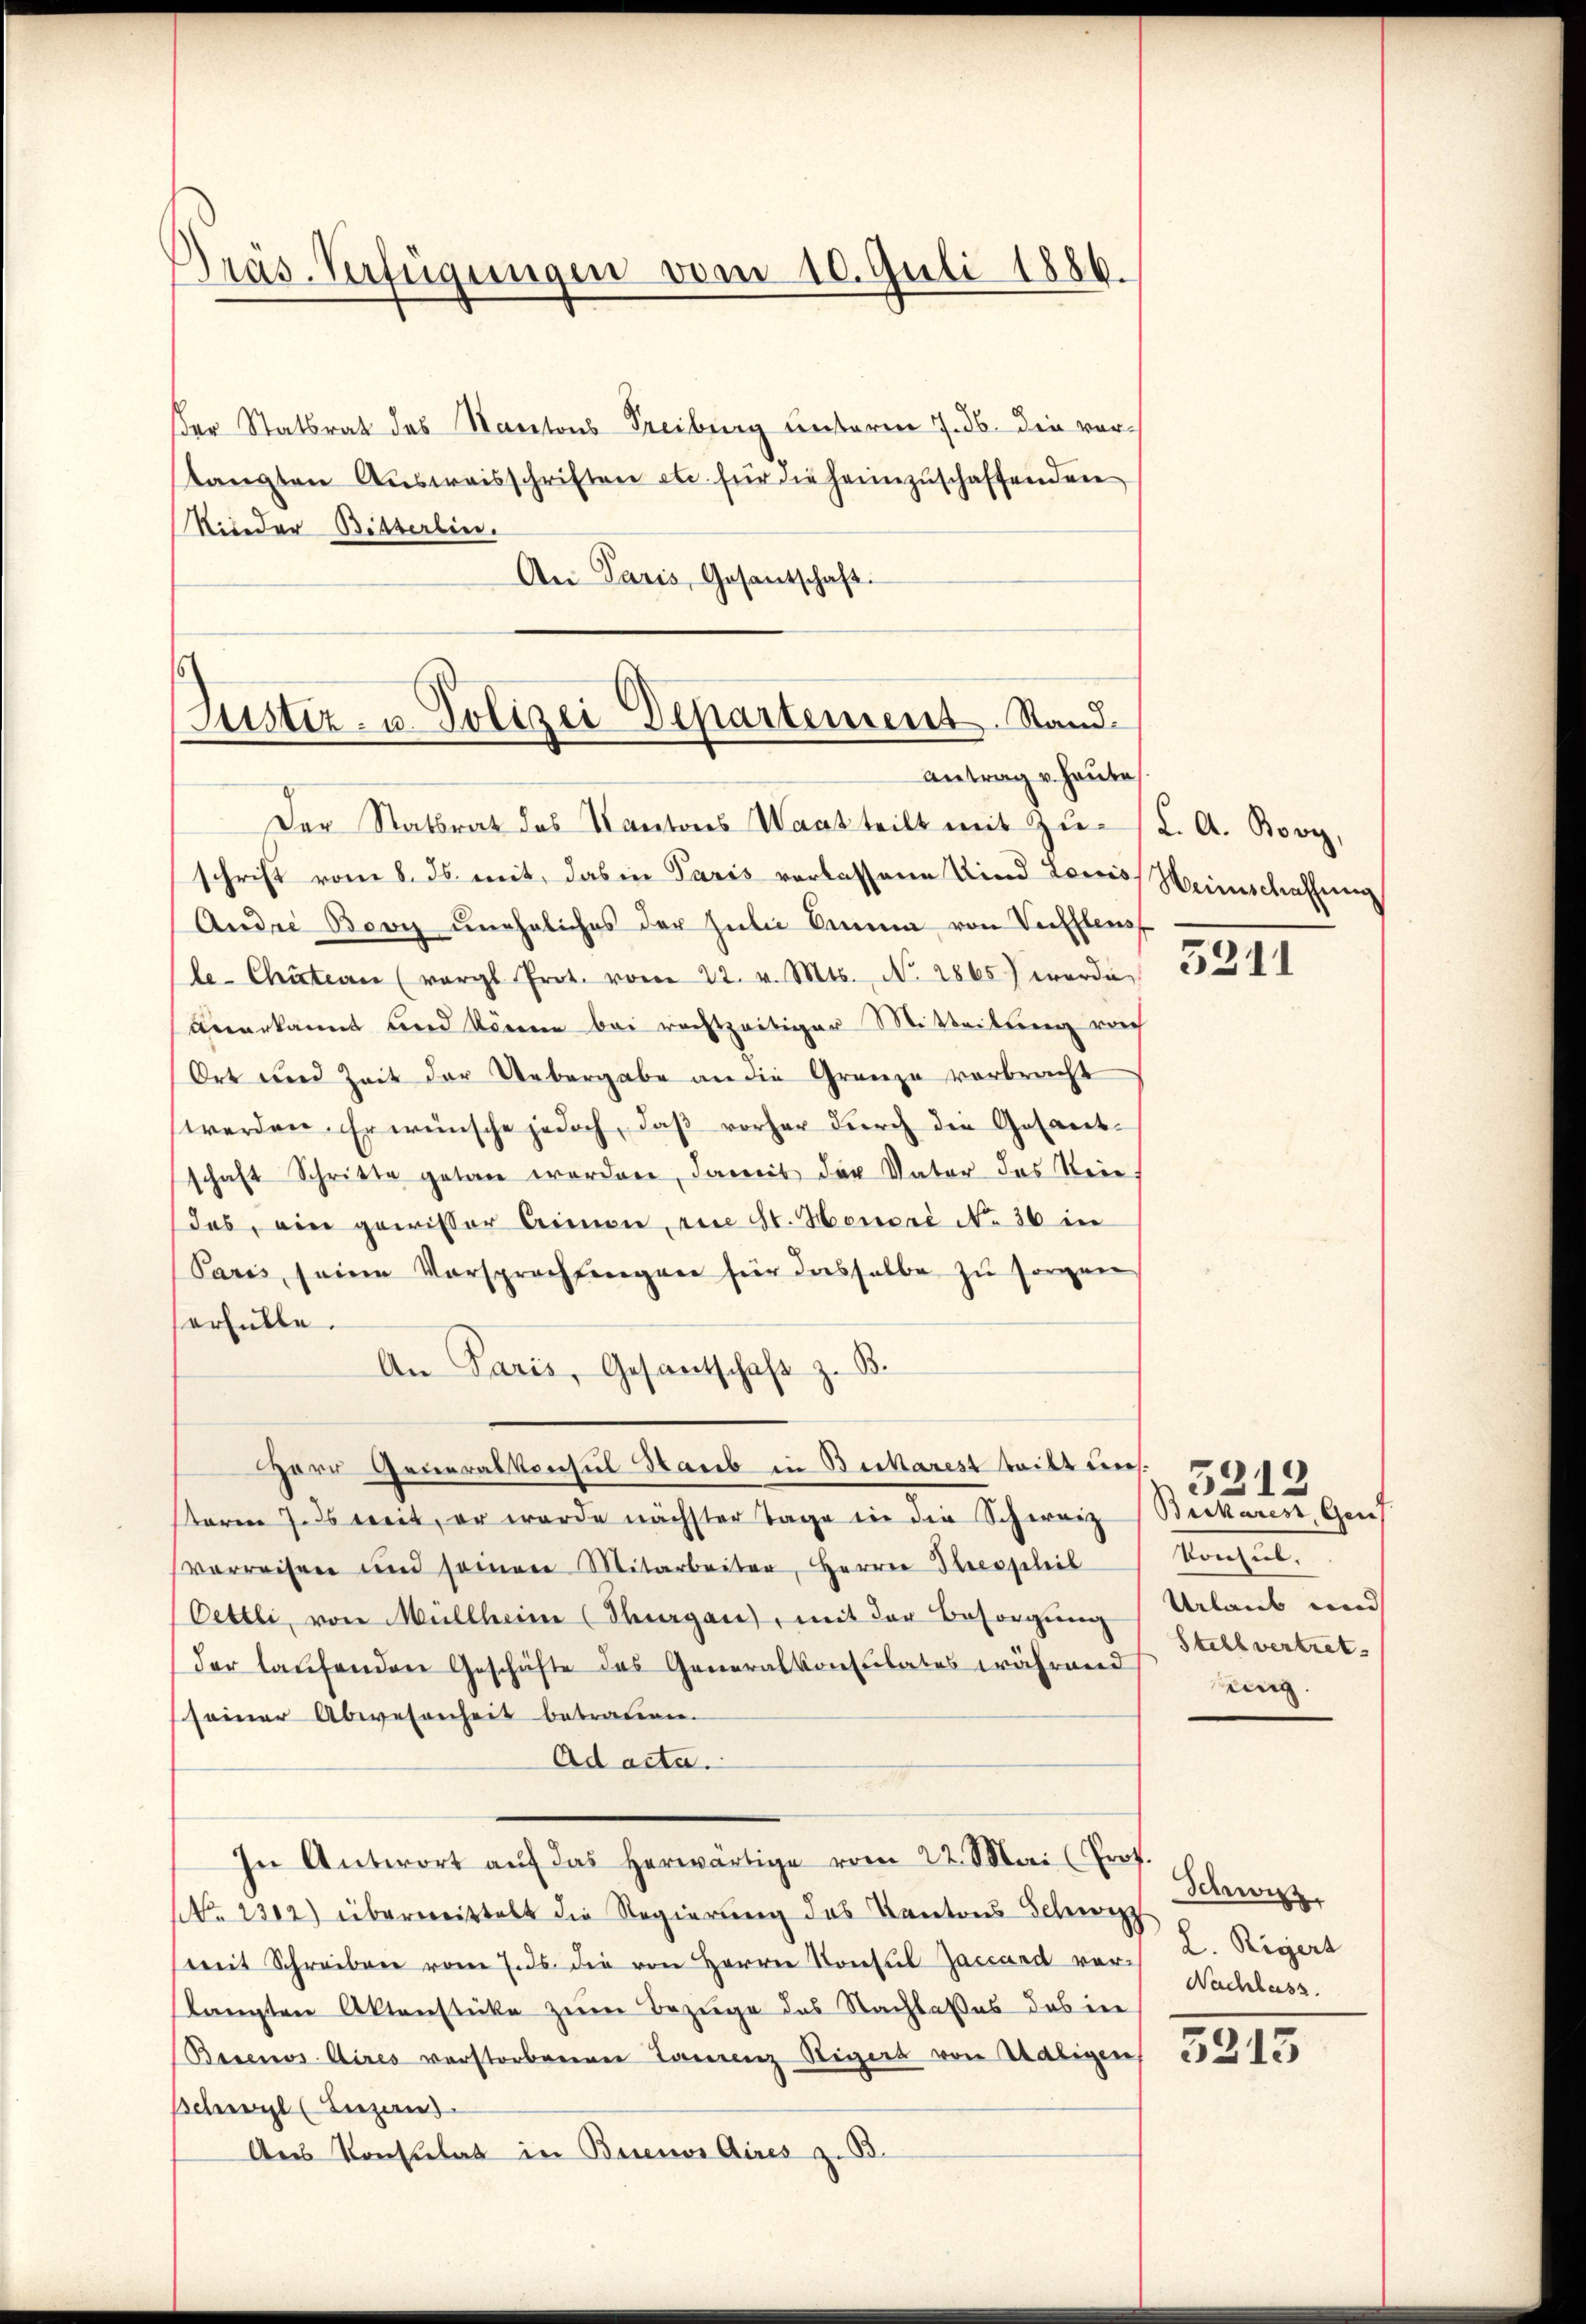
Präs. Verfügungen vom 10. Juli 1886.

Der Statsrat des Kantons Treiburg unterm 7. ds. die vorlangten Aŭsweisschriften en für die heimzuschaffenden
Nieder Bitterlin.
An Paris, Gesantschaft.

Justiz- u. Polizei Departement. Stand¬
Antrag v. Hause

Der Statsrat des Kantons Waat teilt mit Zŭ- K. A. Bovy,
schrift vom 8. ds. mit, das in Paris verlassene Kind Louis Heimschaffnung
Andre Bovy uneheliches der Julie Anna von Verffleus
le- Chäterer (vergl. Prot. vom 22. v. Mts., N. 2865) worde
anerkannt und könne bei rechtzeitiger Mitteilung vorh
Ort und Zeit der Uebergabe an die Grenze verbracht
werden. Er wünsche jedoch, daß vorher durch die Gesamt-
schaft Schritte getan werden, damit der Vater des Steie
das, ein gewisser Crimon, ein St. Honori No 36 in
Paris, seine Vorsprachtungen für dasselbe zu sorgen
erfülle.
An Paris, Gesantschaft z. B.
Herr Generalkonsul Haub in Bickarest teilt un
staren 7. ds weit, er wurde nächster Tage in die Schweiz
verreisen und seinen Mitarbeiter, Herren Hecapeleib
Oettli, von Müllheim (Thurgau, mit der Besorgung
der laufenden Geschäfte das Generalkonsulates während
seiner Abwesenheit betrauen.
Ad acta.
In Antwort aŭf das herwärtige vom 22. Mai (Prof.
NNo. 2302) überweittelt die Regierŭng des Kantons Schwyz
weit Schreiben vom 7. ds. die von Herren Konsul Zaccard vor Nachlass
langten Aktenstücke zum Bezuge des Nachlasses das in
Bisenos Aires verstorbenen Laurenz Regers von Watigen
Schwyl (Luzan
Ans Konsulat in Buenos Aires z. B.

5211

Bickarest, Genf
Vonsub.
Urlaub und
Stellvertret
uing.

5212

Schweiz.
L. Rigert

5213